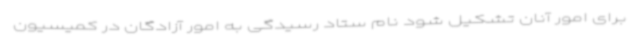
برای امور آنان تشکیل شود نام ستاد رسیدگی به امور آزادگان در کمیسیون